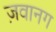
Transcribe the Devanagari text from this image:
ज़वानग